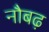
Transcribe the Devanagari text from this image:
नौबढ़